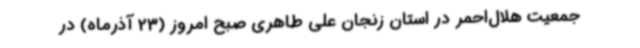
جمعیت هلال‌احمر در استان زنجان علی طاهری صبح امروز (23 آذرماه) در